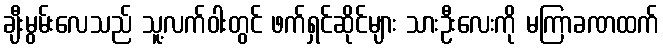
ချီးမွမ်းလေသည် သူ့လက်ဝါးတွင် ဖက်ရှင်ဆိုင်များ သားဦးလေးကို မကြာခဏထက်